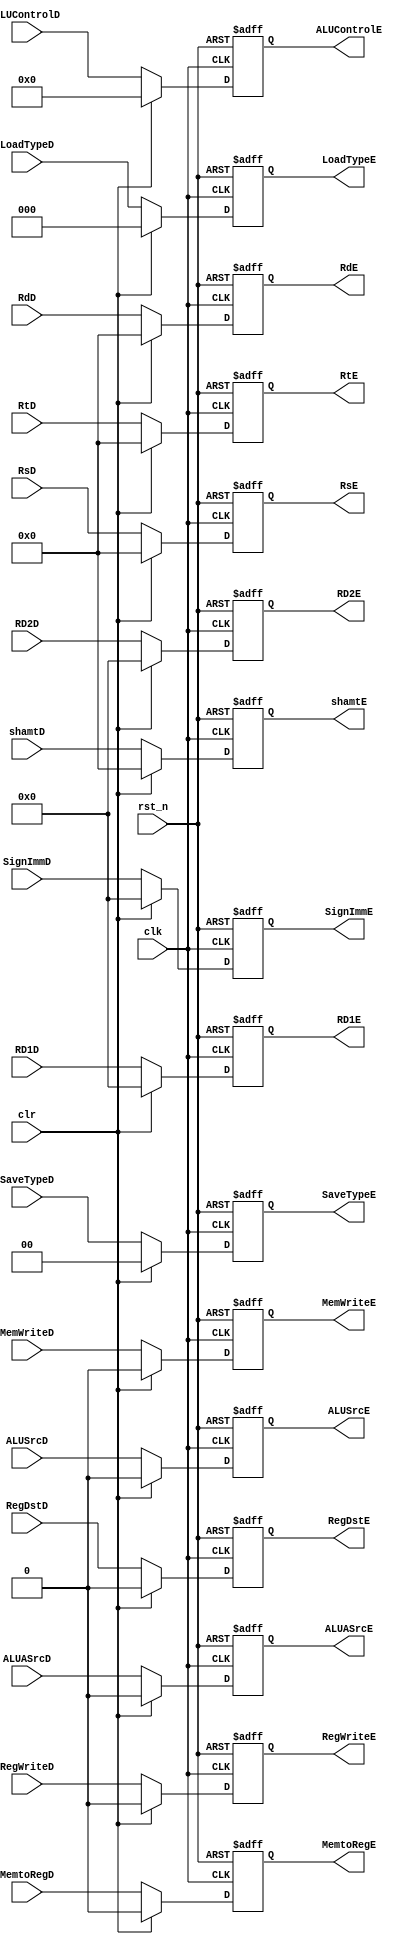
`timescale 1ns / 1ps
module ID_EX(
	input clk,
	input rst_n,
	input clr,

	input RegWriteD,
	output reg RegWriteE,
	input MemtoRegD,
	output reg MemtoRegE,
	input MemWriteD,
	output reg MemWriteE,
	input [3:0]ALUControlD,
	output reg [3:0]ALUControlE,
	input ALUSrcD,
	output reg ALUSrcE,
	input RegDstD,
	output reg RegDstE,
	input [31:0]RD1D,
	output reg [31:0]RD1E,
	input [31:0]RD2D,
	output reg [31:0]RD2E,
	input [4:0]RsD,
	output reg [4:0]RsE,
	input [4:0]RtD,
	output reg [4:0]RtE,
	input [4:0]RdD,
	output reg [4:0]RdE,
	input [31:0]SignImmD,
	output reg [31:0]SignImmE,
	input [2:0]LoadTypeD,
	output reg [2:0]LoadTypeE,
	input [1:0]SaveTypeD,
	output reg [1:0]SaveTypeE,
	input ALUASrcD,
	output reg ALUASrcE,
	input [4:0]shamtD,
	output reg [4:0]shamtE
    );
	
	always @(posedge clk or negedge rst_n) 
	begin
		if(~rst_n) 
		begin
			RegWriteE<=0;
			MemtoRegE<=0;
			MemWriteE<=0;
			ALUControlE<=0;
			ALUSrcE<=0;
			RegDstE<=0;
			RD1E<=0;
			RD2E<=0;
			RsE<=0;
			RtE<=0;
			RdE<=0;
			SignImmE<=0;
			LoadTypeE<=0;
			SaveTypeE<=0;
			ALUASrcE<=0;
			shamtE<=0;
			//
		end
		else if(clr) 
		begin
			RegWriteE<=0;
			MemtoRegE<=0;
			MemWriteE<=0;
			ALUControlE<=0;
			ALUSrcE<=0;
			RegDstE<=0;
			RD1E<=0;
			RD2E<=0;
			RsE<=0;
			RtE<=0;
			RdE<=0;
			SignImmE<=0;
			LoadTypeE<=0;
			SaveTypeE<=0;
			ALUASrcE<=0;
			shamtE<=0;
		end
		else 
		begin
			RegWriteE<=RegWriteD;
			MemtoRegE<=MemtoRegD;
			MemWriteE<=MemWriteD;
			ALUControlE<=ALUControlD;
			ALUSrcE<=ALUSrcD;
			RegDstE<=RegDstD;
			RD1E<=RD1D;
			RD2E<=RD2D;
			RsE<=RsD;
			RtE<=RtD;
			RdE<=RdD;
			SignImmE<=SignImmD;
			LoadTypeE<=LoadTypeD;
			SaveTypeE<=SaveTypeD;
			ALUASrcE<=ALUASrcD;
			shamtE<=shamtD;
		end
	end
endmodule